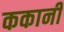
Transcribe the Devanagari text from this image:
ककानी